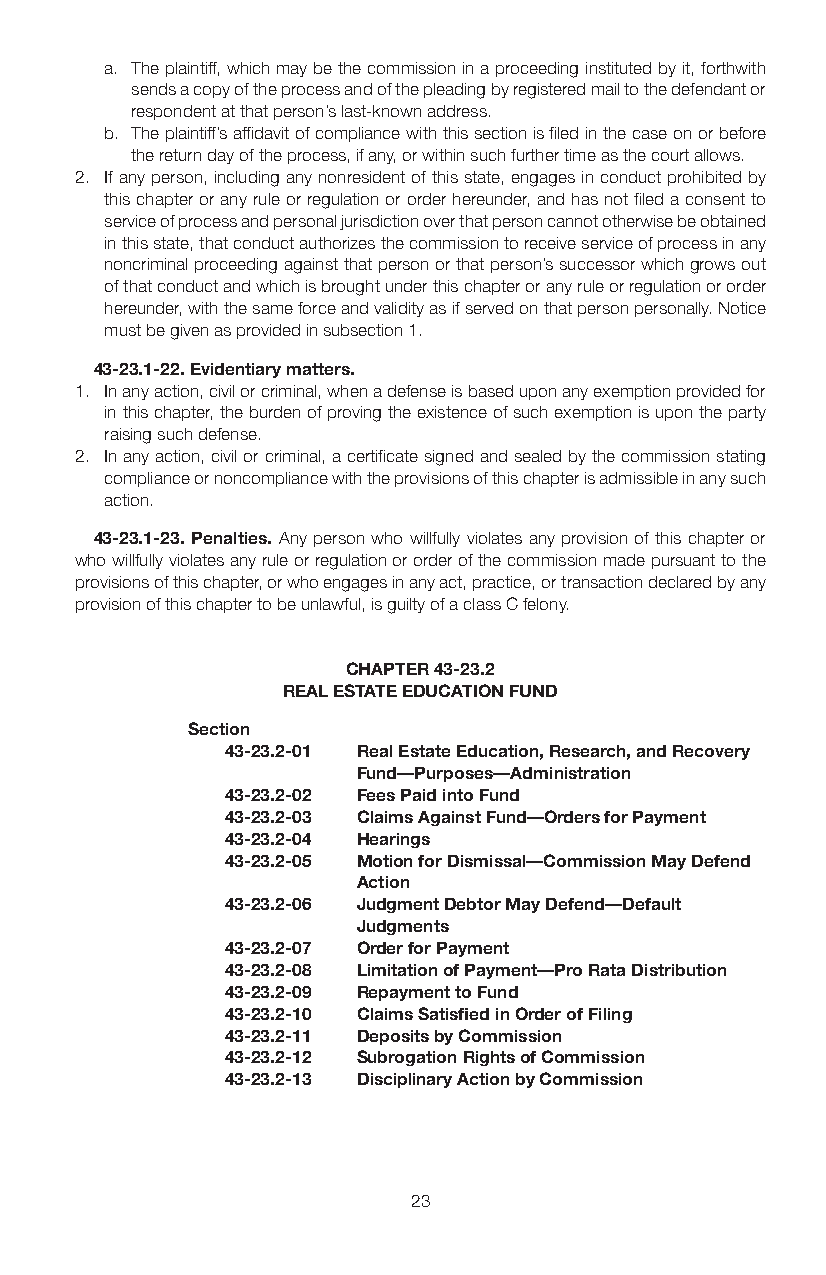
a. The plaintiff, which may be the commission in a proceeding instituted by it, forthwith
 sends a copy of the process and of the pleading by registered mail to the defendant or
 respondent at that person’s last-known address.
 b. The plaintiff’s affidavit of compliance with this section is filed in the case on or before
 the return day of the process, if any, or within such further time as the court allows.
 2. If any person, including any nonresident of this state, engages in conduct prohibited by
 this chapter or any rule or regulation or order hereunder, and has not filed a consent to
 service of process and personal jurisdiction over that person cannot otherwise be obtained
 in this state, that conduct authorizes the commission to receive service of process in any
 noncriminal proceeding against that person or that person’s successor which grows out
 of that conduct and which is brought under this chapter or any rule or regulation or order
 hereunder, with the same force and validity as if served on that person personally. Notice
 must be given as provided in subsection 1.
 43-23.1-22. Evidentiary matters.
 1. In any action, civil or criminal, when a defense is based upon any exemption provided for
 in this chapter, the burden of proving the existence of such exemption is upon the party
 raising such defense.
 2. In any action, civil or criminal, a certificate signed and sealed by the commission stating
 compliance or noncompliance with the provisions of this chapter is admissible in any such
 action.
 43-23.1-23. Penalties. Any person who willfully violates any provision of this chapter or
 who willfully violates any rule or regulation or order of the commission made pursuant to the
 provisions of this chapter, or who engages in any act, practice, or transaction declared by any
 provision of this chapter to be unlawful, is guilty of a class C felony.
 CHAPTER 43-23.2
 REAL ESTATE EDUCATION FUND
 Section
 43-23.2-01 Real Estate Education, Research, and Recovery
 Fund—Purposes—Administration
 43-23.2-02 Fees Paid into Fund
 43-23.2-03 Claims Against Fund—Orders for Payment
 43-23.2-04 Hearings
 43-23.2-05 Motion for Dismissal—Commission May Defend
 Action
 43-23.2-06 Judgment Debtor May Defend—Default
 Judgments
 43-23.2-07 Order for Payment
 43-23.2-08 Limitation of Payment—Pro Rata Distribution
 43-23.2-09 Repayment to Fund
 43-23.2-10 Claims Satisfied in Order of Filing
 43-23.2-11 Deposits by Commission
 43-23.2-12 Subrogation Rights of Commission
 43-23.2-13 Disciplinary Action by Commission
 23